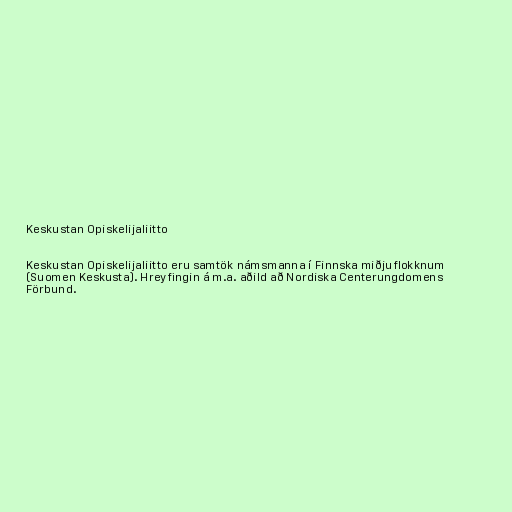
Keskustan Opiskelijaliitto

Keskustan Opiskelijaliitto eru samtök námsmanna í Finnska miðjuflokknum
(Suomen Keskusta). Hreyfingin á m.a. aðild að Nordiska Centerungdomens
Förbund.